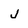
Character: j